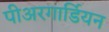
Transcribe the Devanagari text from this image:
पीअरगार्डियन